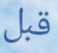
قبل